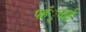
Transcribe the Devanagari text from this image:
पहँुचाई